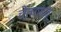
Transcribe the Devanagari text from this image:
चेतरज्जू